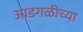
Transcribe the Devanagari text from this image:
आडगळीच्या